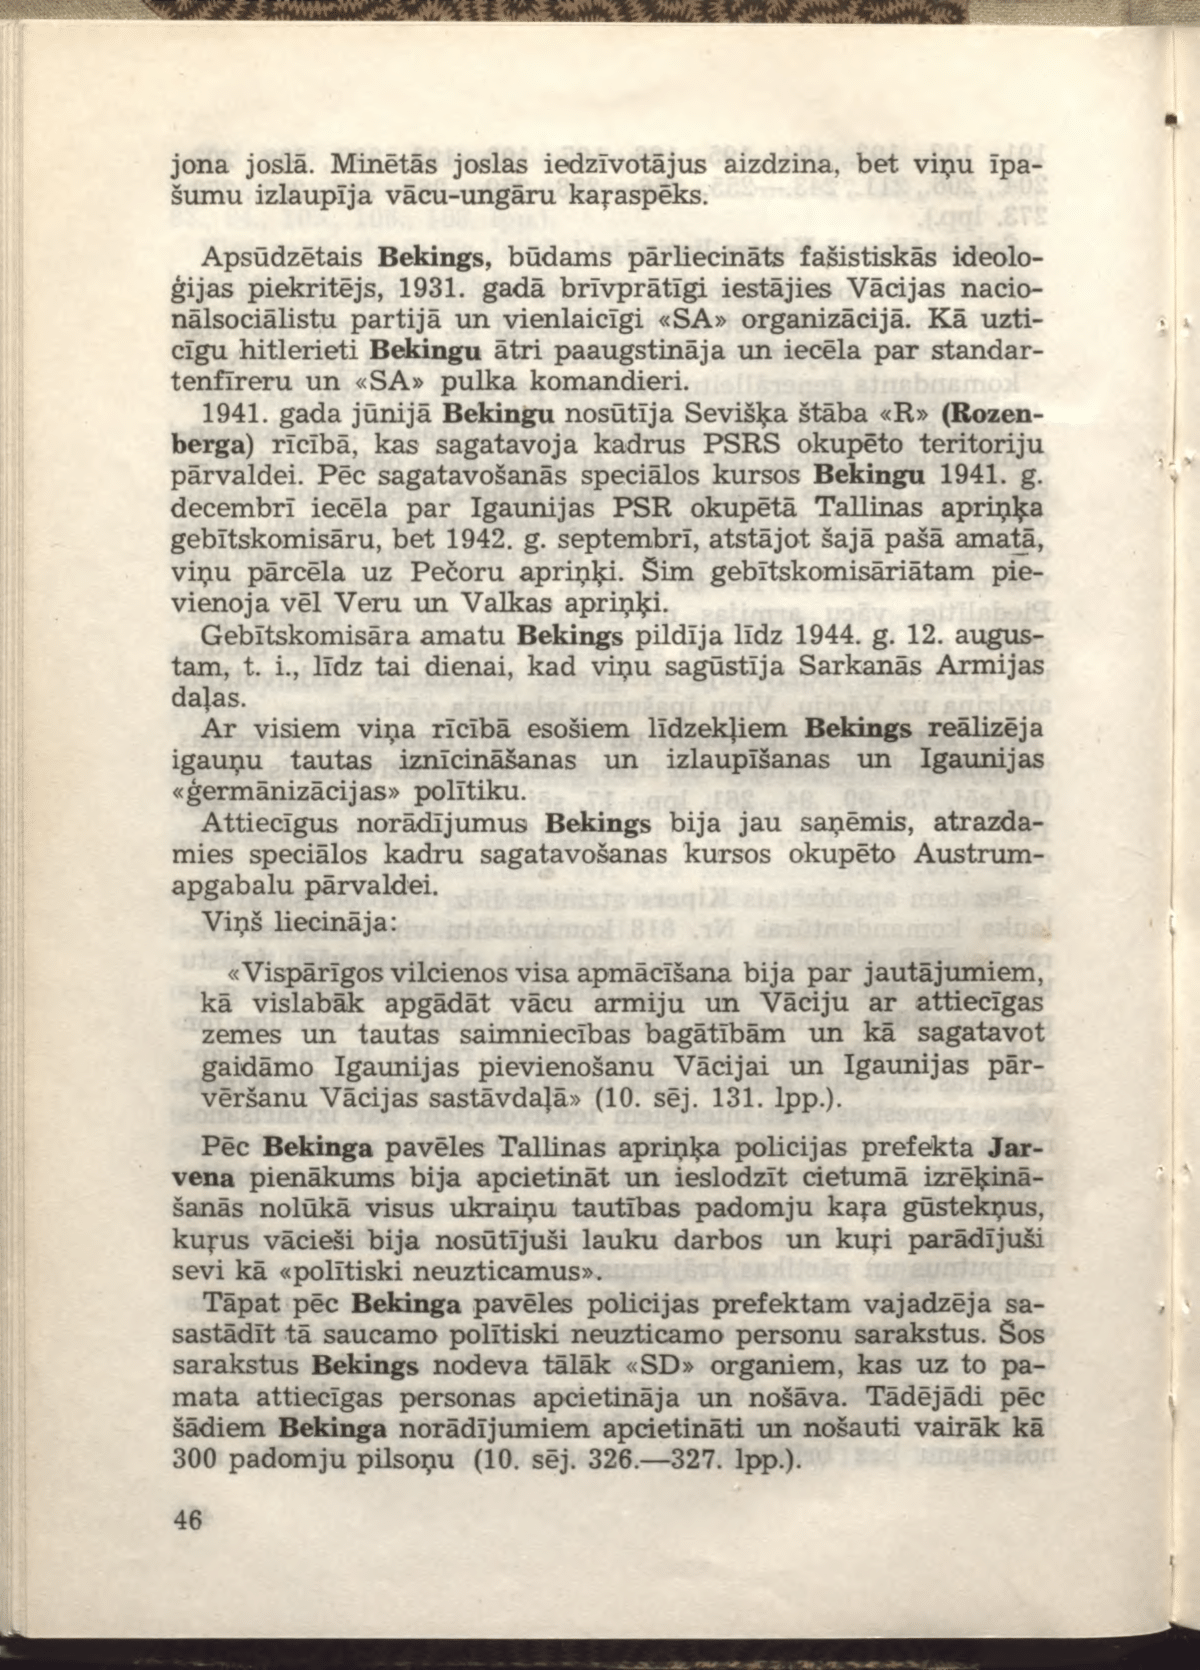
Language: lv